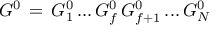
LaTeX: G ^ { 0 } \, = \, G _ { 1 } ^ { 0 } \, . . . \, G _ { f } ^ { 0 } \, G _ { f + 1 } ^ { 0 } \, . . . \, G _ { N } ^ { 0 }